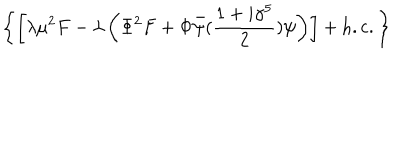
\left\{ \left[ \lambda \mu ^ { 2 } F - \lambda \left( \Phi ^ { 2 } F + \Phi \bar { \psi } ( { \frac { 1 + i \gamma ^ { 5 } } { 2 } } ) \psi \right) \right] + \mathrm { h . c . } \, \right\}